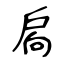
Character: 扄